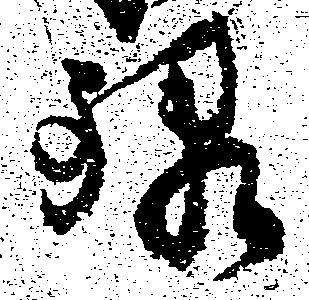
禄